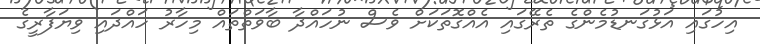
އިހުގައި އަޅުގަނޑުމެންގެ ތެރޭގައި އެއްގޮތަކަށް ވެސް ނުހައްދާ ބާވަތްތައް މިހާރު ހައްދައި ވިޔަފާރީގެ